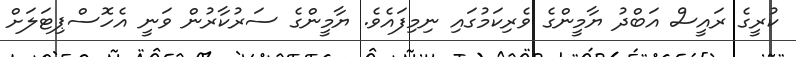
ކުރީގެ ރައީސް އަބްދު ޔާމީންގެ ވެރިކަމުގައި ނިމިފައެވެ. ޔާމީންގެ ސަރުކާރުން ވަނީ އެހޮސްޕިޓަލަށް